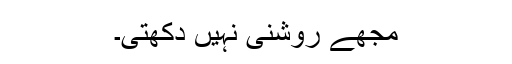
مجھے روشنی نہیں دِکھتی۔